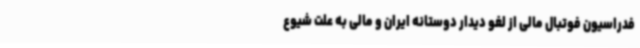
فدراسیون فوتبال مالی از لغو دیدار دوستانه ایران و مالی به علت شیوع